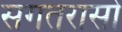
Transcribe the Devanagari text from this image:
सगतरासो